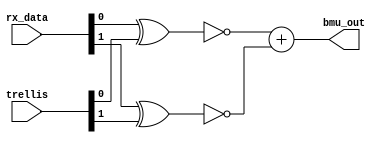
module BMU #(parameter data_width = 2) ( 
    input       [data_width-1 : 0] rx_data,
    input       [data_width-1 : 0] trellis,
    output wire [data_width-1 : 0] bmu_out
    );

reg [data_width-1 : 0] temp;
always @*
    begin
        temp[0] = !(rx_data[0] ^ trellis[0]);
        temp[1] = !(rx_data[1] ^ trellis[1]);   
    end
   assign bmu_out = temp[0] + temp[1];
endmodule